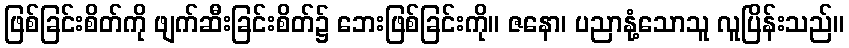
ဖြစ်ခြင်းစိတ်ကို ဖျက်ဆီးခြင်းစိတ်၌ ဘေးဖြစ်ခြင်းကို။ ဇနော၊ ပညာနုံ့သောသူ လူပြိန်းသည်။